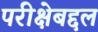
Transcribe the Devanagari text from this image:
परीक्षेबद्दल